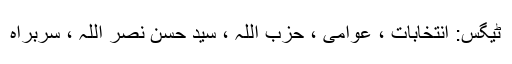
ٹیگس: انتخابات ، عوامی ، حزب اللہ ، سید حسن نصر اللہ ، سربراہ